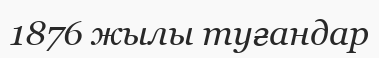
1876 жылы туғандар